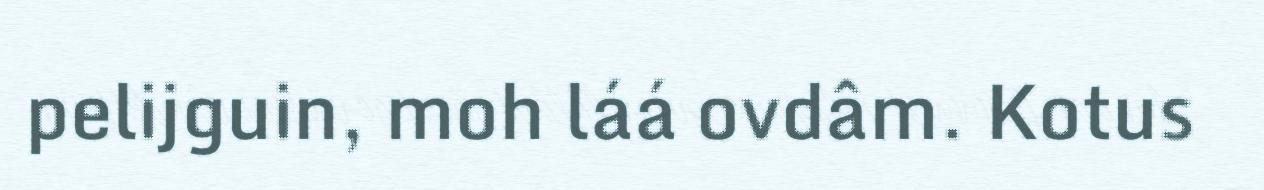
pelijguin, moh láá ovdâm. Kotus